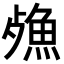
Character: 𣩕